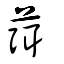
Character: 葞